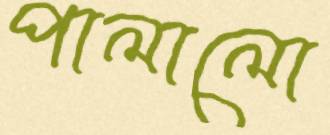
পালালো